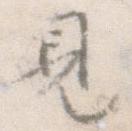
見